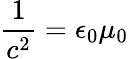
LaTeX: \frac{1}{c^{2}}=\epsilon_{0}\mu_{0}